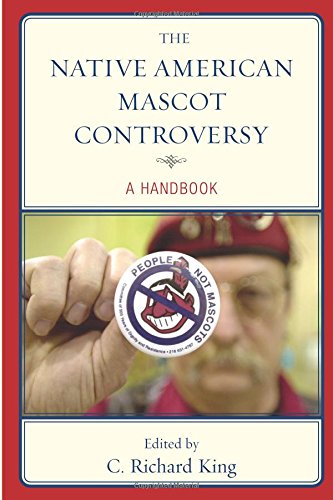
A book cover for The Native American Mascot Controversy: A Handbook; Sports & Outdoors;